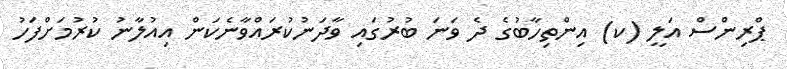
ޕްރިންސް އަލީ (ކ) އިންތިހާބުގެ ދެ ވަނަ ބުރުގައި ވާދަނުކުރައްވާނެކަން އިއުލާނު ކުރުމަށްފަހު